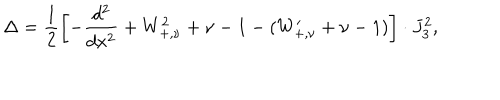
\Delta = \frac { 1 } { 2 } \left[ - \frac { d ^ { 2 } } { d x ^ { 2 } } + W _ { + , \nu } ^ { 2 } + \nu - 1 - ( W _ { + , \nu } ^ { \prime } + \nu - 1 ) \right] \cdot J _ { 3 } ^ { 2 } ,